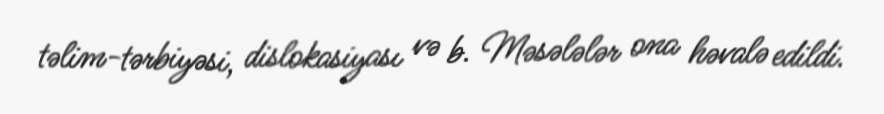
təlim-tərbiyəsi, dislokasiyası və b. Məsələlər ona həvalə edildi.